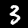
Digit: 3